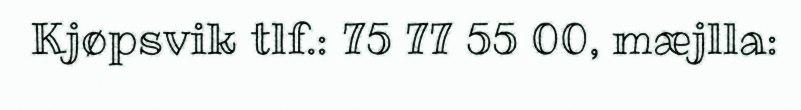
Kjøpsvik tlf.: 75 77 55 00, mæjlla: